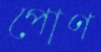
পোণ